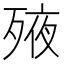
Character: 𣨜